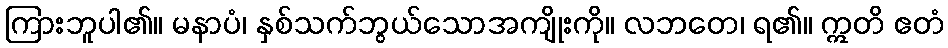
ကြားဘူပါ၏။ မနာပံ၊ နှစ်သက်ဘွယ်သောအကျိုးကို။ လဘတေ၊ ရ၏။ ဣတိ ဧတံ